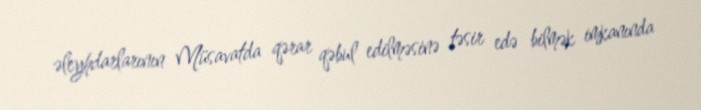
əleyhdarlarının Müsavatda qərar qəbul edilməsinə təsir edə bilmək imkanında